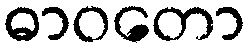
ဓာဝတော